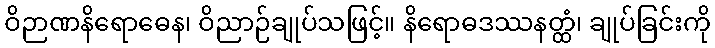
ဝိဉာဏနိရောဓေန၊ ဝိညာဉ်ချုပ်သဖြင့်။ နိရောဓဒဿနတ္ထံ၊ ချုပ်ခြင်းကို